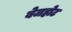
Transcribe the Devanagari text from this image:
बेजहोट